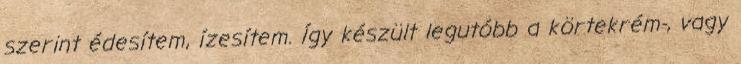
szerint édesítem, ízesítem. Így készült legutóbb a körtekrém-, vagy